Annual report on the working of the lock hospitals in the Central Provinces
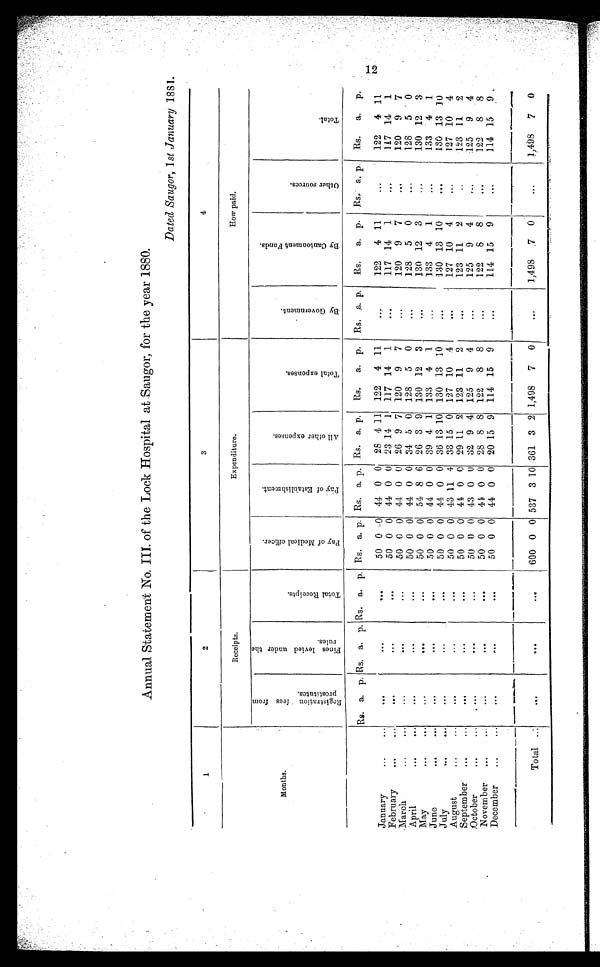
Annual Statement No. III. of the Lock Hospital at Saugor, for the year 1880.
Dated Saugor, 1 st January 1881.
1
2
3
4
Months.
Receipts.
Expenditure.
How paid.
R e g i s t r a t i o n f e e s f r o m p r o s t i t u t e s .
F i n e s l e v i e d u n d e r t h e r u l e s .
T o t a l R e c e i p t s .
P a y o f M e d i c a l o f f i c e r .
P a y o f E s t a b l i s h m e n t .
A l l o t h e r e x p e n s e s .
T o t a l e x p e n s e s .
B y G o v e r n m e n t .
B y C a n t o n m e n t F u n d s .
O t h e r s o u r c e s .
T o t a l .
Rs. a. p. Rs. a. p. Rs. a. p. Rs. a. p. Rs. a. p. Rs. a. p. Rs. a. p. Rs. a. p. Rs. a. p. Rs. a. p. Rs. a. p.
January
...
...
. . . ...
...
50 0 0 44 0 0 28 4 11 122 4 11
...
122 4 11
...
122 4 11
February
...
...
. . .
. . .
. . .
50 0 0 44 0 0 23 14 1 117 14 1
. . .
117 14 1
. . .
117 14 1
March
...
...
. . .
. . .
50 0 0 44 0 0 26 9 7 120 9 7 ...
120 9 7
. . .
120 9 7
April
..
...
. . .
. . .
. . .
50 0 0 44 0 0 34 5 0 128 5 0
. . .
128 5 0
. . .
128 5 0
May
...
...
...
. . .
. . .
50 0 0 54 8 6 26 3 9 130 12 3
. . .
130 12 3
...
130 12 3
June
...
...
. . .
. . .
. . .
50 0 0 44 0 0 39 4 1 133 4 1
...
133 4 1
. . .
133 4 1
July
...
...
. . .
. . .
. . .
50 0 0 44 0 0 36 13 10 130 13 10
. . .
130 13 10
. . .
130 13 1 0
August
...
. . . ...
...
50 0 0 43 11 4 33 15 0 127 10 4
. . .
127 10 4 ...
127 10 4
September ...
...
...
. . .
. . .
50 0 0 44 0 0 29 11 2 123 11 2
. . .
123 11 2
. . . 123 11 2
October
...
...
. . .
. . . ...
50 0 0 43 0 0 32 9 4 125 9 4 ...
125 9 4
...
125 9 4
November ...
...
. . .
. . .
. . .
50 0 0 44 0 0 28 8 8 122 8 8
. . .
122 8 8 ...
122 8 8
December ...
...
. . .
. . .
. . .
50 0 0 44 0 0 20 15 9 114 15 9
. . .
114 15 9
...
114 15 9
Total ...
. . .
. . .
. . . 600 0 0 537 3 10 361 3 2 1,498 7 0
. . .
1,498
7 0
. . . 1,498 7 0
1 2